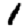
Digit: 1